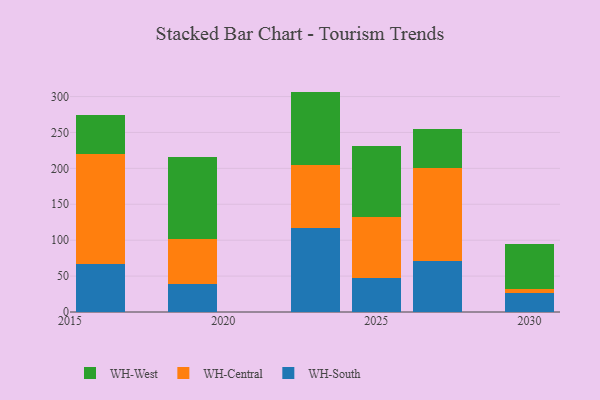
{"axis": {"x": "Year", "y": "Budget (USD K)"}, "legend": ["WH-Central", "WH-South", "WH-West"], "data": [{"x": "2025", "y": 47.6, "type": "WH-South"}, {"x": "2025", "y": 84.1, "type": "WH-Central"}, {"x": "2025", "y": 99.6, "type": "WH-West"}, {"x": "2023", "y": 116.3, "type": "WH-South"}, {"x": "2023", "y": 87.9, "type": "WH-Central"}, {"x": "2023", "y": 102.7, "type": "WH-West"}, {"x": "2030", "y": 26.2, "type": "WH-South"}, {"x": "2030", "y": 6.1, "type": "WH-Central"}, {"x": "2030", "y": 62.4, "type": "WH-West"}, {"x": "2019", "y": 38.7, "type": "WH-South"}, {"x": "2019", "y": 63.0, "type": "WH-Central"}, {"x": "2019", "y": 114.5, "type": "WH-West"}, {"x": "2016", "y": 66.4, "type": "WH-South"}, {"x": "2016", "y": 154.0, "type": "WH-Central"}, {"x": "2016", "y": 53.4, "type": "WH-West"}, {"x": "2027", "y": 70.8, "type": "WH-South"}, {"x": "2027", "y": 129.5, "type": "WH-Central"}, {"x": "2027", "y": 54.3, "type": "WH-West"}]}